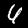
Label: 6